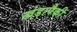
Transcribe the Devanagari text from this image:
खंडापैकी